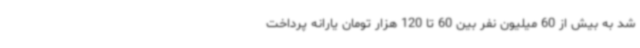
شد به بیش از 60 میلیون نفر بین 60 تا 120 هزار تومان یارانه پرداخت